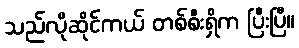
သည်လိုဆိုင်ကယ် တစ်စီးရှိက ပြီးပြီ။